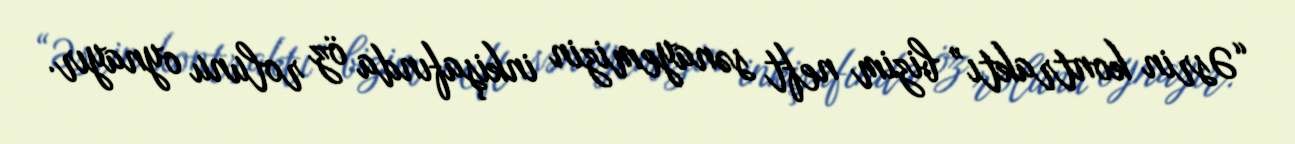
“Əsrin kontraktı” bizim neft sənayemizin inkişafında öz rolunu oynayır.